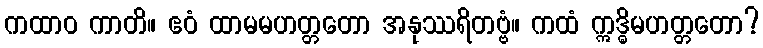
ကထာဝ ကာတိ။ ဧဝံ ထာမမဟတ္တတော အနုဿရိတဗ္ဗံ။ ကထံ ဣဒ္ဓိမဟတ္တတော?